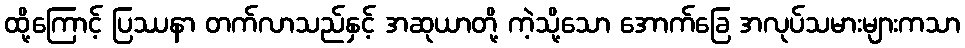
ထို့ကြောင့် ပြဿနာ တက်လာသည်နှင့် အဆုယာတို့ ကဲ့သို့သော အောက်ခြေ အလုပ်သမားများကသာ